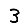
Digit: 3